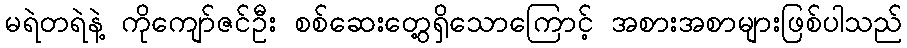
မရဲတရဲနဲ့ ကိုကျော်ဇင်ဦး စစ်ဆေးတွေ့ရှိသောကြောင့် အစားအစာများဖြစ်ပါသည်